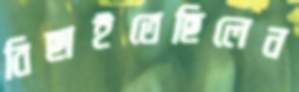
বিছাইতেছিলেন